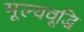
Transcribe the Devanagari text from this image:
मूल्यवूद्धि